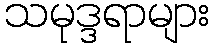
သမုဒ္ဒရာများ